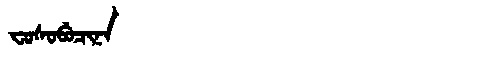
Manchu: ᠸᠣᠰᠣᠪᡠᠴᡳᠨᠠ
Romanization: FOSOBUCINA